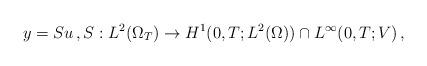
LaTeX: \begin{align*}y = Su \,,S: L^2(\Omega_T) \to H^1(0,T;L^2(\Omega)) \cap L^\infty(0,T;V) \,,\end{align*}